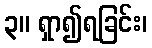
၃။ ရှာ၍ရခြင်း၊